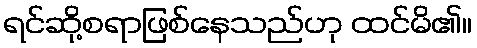
ရင်ဆို့စရာဖြစ်နေသည်ဟု ထင်မိ၏။